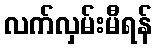
လက်လှမ်းမီရန်